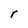
Character: r